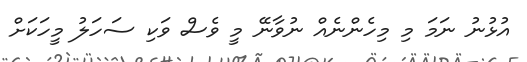
އުޅުނު ނަމަ މި މިހެންނެއް ނުވާނޭ މީ ވެސް ވަކި ސަހަލު މީހަކަށް